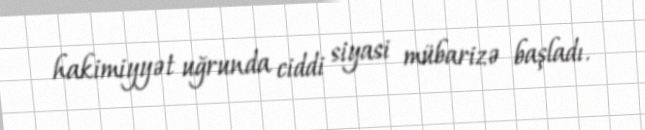
hakimiyyət uğrunda ciddi siyasi mübarizə başladı.